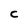
Character: c